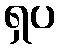
ရှပ